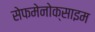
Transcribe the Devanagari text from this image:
सेफमेनोक्साइम